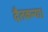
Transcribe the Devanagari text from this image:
दैतकन्या।